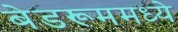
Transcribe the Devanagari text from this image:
बेडरूममध्ये